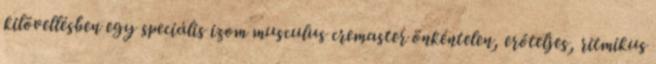
kilövellésben egy speciális izom musculus cremaster önkéntelen, erőteljes, ritmikus